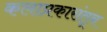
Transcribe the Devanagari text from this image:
कलाप्रकारांतून